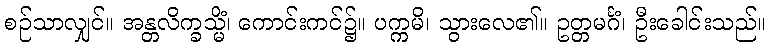
စဉ်သာလျှင်။ အန္တလိက္ခသ္မိံ၊ ကောင်းကင်၌။ ပက္ကမိ၊ သွားလေ၏။ ဥတ္တမင်္ဂံ၊ ဦးခေါင်းသည်။